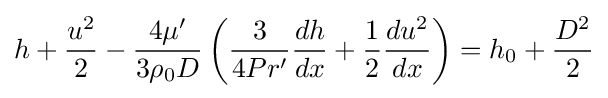
h+{\frac {u^{2}}{2}}-{\frac {4\mu '}{3\rho _{0}D}}\left({\frac {3}{4Pr'}}{\frac {dh}{dx}}+{\frac {1}{2}}{\frac {du^{2}}{dx}}\right)=h_{0}+{\frac {D^{2}}{2}}